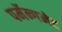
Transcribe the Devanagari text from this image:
पर्मेन्गनेट